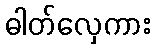
ဓါတ်လှေကား